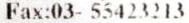
FAX:03- 55423213